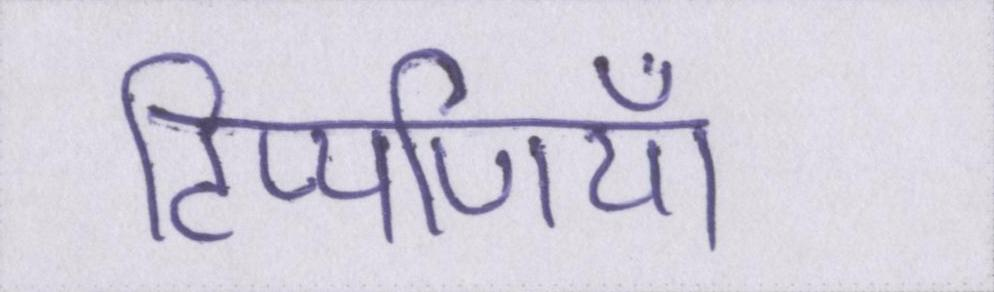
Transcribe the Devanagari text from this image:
टिप्पणियाँ